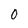
Character: O